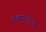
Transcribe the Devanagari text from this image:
रोखण्याआधी